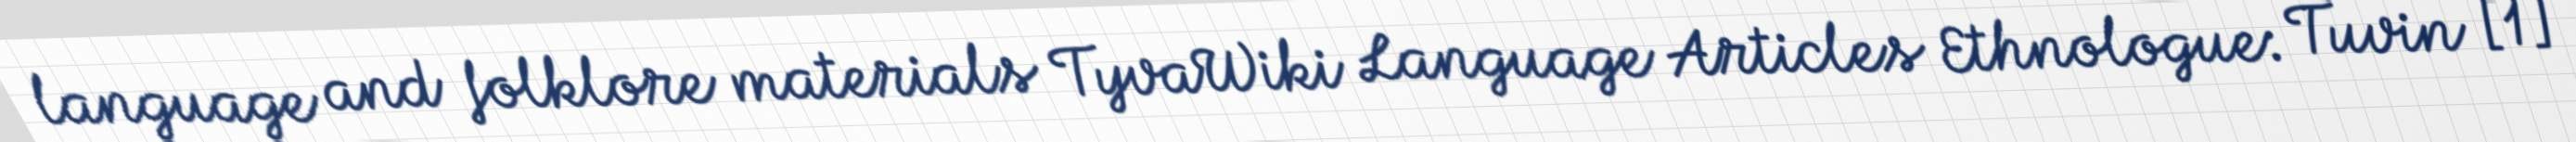
language and folklore materials TyvaWiki Language Articles Ethnologue: Tuvin [1]